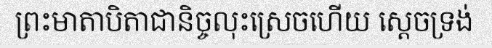
ព្រះមាតាបិតាជានិច្ចលុះស្រេចហើយ ស្តេចទ្រង់